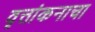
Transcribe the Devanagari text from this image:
वृत्तांकनाचा